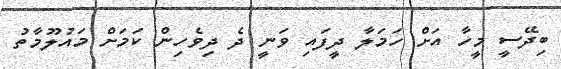
ބިދޭސީ މީހާ އަށް ހަމަލާ ދީފައި ވަނީ ދެ ދިވެހިން ކަމަށް މައުލޫމާތު